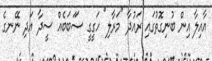
އާއިލާ އިން ބުނިގޮތުގައި ރައުދާ "މަރާލި" ހަގީގީ ސަަބަބެއް ސީދާ އަދި ނޭނގެ